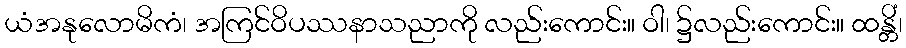
ယံအနုလောမိကံ၊ အကြင်ဝိပဿနာသညာကို လည်းကောင်း။ ဝါ၊ ၌လည်းကောင်း။ ထန္တိံ၊